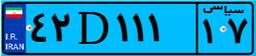
۴۲D۱۱۱۱۷